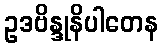
ဥဒဗိန္ဒုနိပါတေန